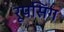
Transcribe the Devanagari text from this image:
रूपसिंग